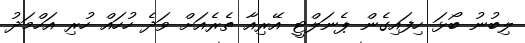
ލިބުނު ބޯޅަ ހިފައިގެން ޕެނަލްޓީ އޭރިއާ ތެރެއަށް ވަދެ ހުހައް ހުރި އަހްމަދު